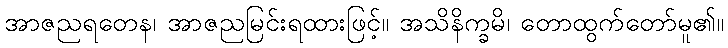
အာဇညရတေန၊ အာဇညမြင်းရထားဖြင့်။ အသိနိက္ခမိ၊ တောထွက်တော်မူ၏။